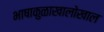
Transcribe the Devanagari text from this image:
भाषाकुळाखालोखाल